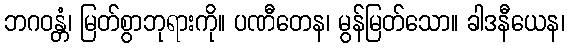
ဘဂဝန္တံ၊ မြတ်စွာဘုရားကို။ ပဏီတေန၊ မွန်မြတ်သော။ ခါဒနီယေန၊